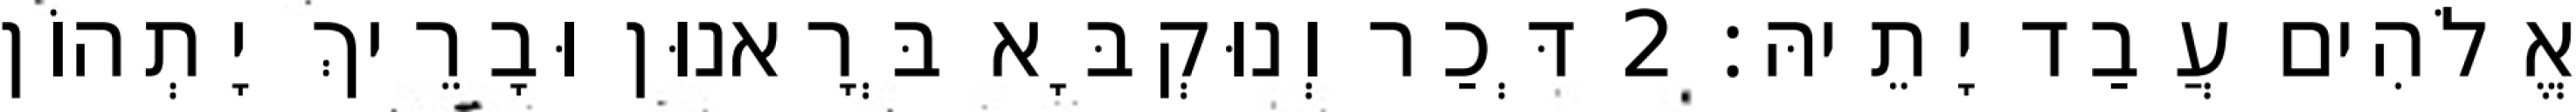
אֱלֹהִים עֲבַד יָתֵיהּ׃ 2 דְּכַר וְנוּקְבָּא בְּרָאנוּן וּבָרֵיךְ יָתְהוֹן